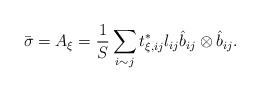
\begin{align*}\bar{\sigma} = A_\xi = \frac{1}{S} \sum_{i \sim j} t^*_{\xi, ij} l_{ij} \hat{b}_{ij} \otimes \hat{b}_{ij}.\end{align*}